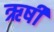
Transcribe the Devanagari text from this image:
ऋर्षी